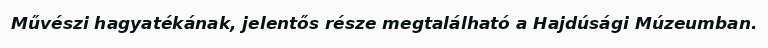
Művészi hagyatékának, jelentős része megtalálható a Hajdúsági Múzeumban.